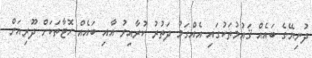
ދުނިޔޭގެ ބައެއް ޤައުމުތަކުގައި އެއްގަމު ދަތުރު ކުރާއިރު އާއި ބައެއް ހޮޓާތަކަށް ދޫރިއަން